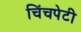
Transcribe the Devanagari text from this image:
चिंचपेटी